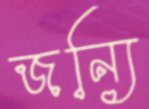
জন্যি